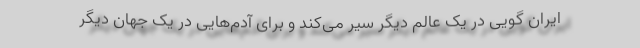
ایران گویی در یک عالم دیگر سیر می‌کند و برای آدم‌هایی در یک جهان دیگر